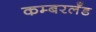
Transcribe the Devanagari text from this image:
कम्बरलँड